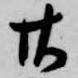
廿